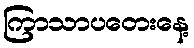
ကြာသာပတေးနေ့